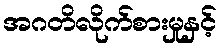
အဂတိလိုက်စားမှုနှင့်